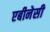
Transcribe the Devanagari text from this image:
एबीनेसी